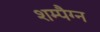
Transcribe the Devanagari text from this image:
शम्पैग्न